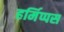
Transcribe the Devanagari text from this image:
हर्मिप्पस